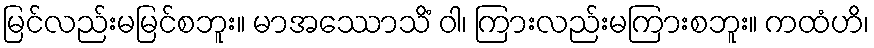
မြင်လည်းမမြင်စဘူး။ မာအဿောသိံ ဝါ၊ ကြားလည်းမကြားစဘူး။ ကထံဟိ၊